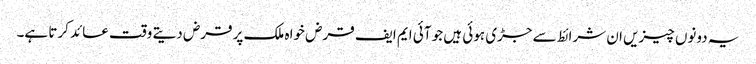
یہ دونوں چیزیں ان شرائط سے جڑی ہوئی ہیں جو آئی ایم ایف قرض خواہ ملک پر قرض دیتے وقت عائد کرتا ہے۔